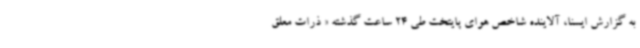
به گزارش ایسنا، آلاینده شاخص هوای پایتخت طی 24 ساعت گذشته « ذرات معلق